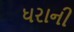
ધરાની